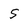
Character: S